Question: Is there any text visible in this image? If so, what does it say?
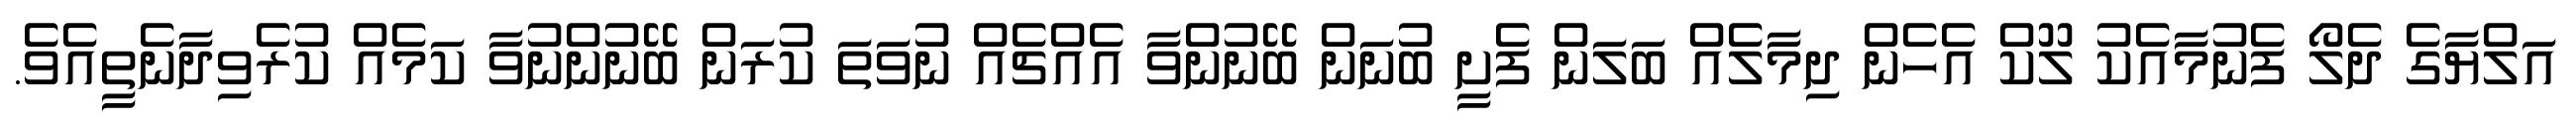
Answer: އަލްޔާގެ ދެލޯ ފެނުމާއެކު ލޫކް އެހެން ދިމާލެއް ބަލަން ފެށީ ބުނަން ބޭނުންވާ އެއްޗެއް ނުވަތަ ކުރަން ބޭނުންނުވާ ކަމެއް ކުރެވިދާނެތީއެވެ.